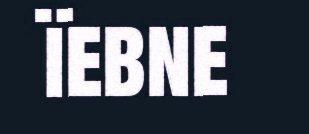
ïebne